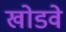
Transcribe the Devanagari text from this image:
खोडवे